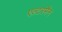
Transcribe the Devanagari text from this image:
एल्टरमैन